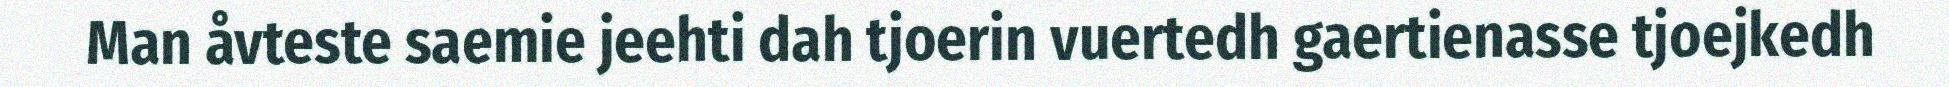
Man åvteste saemie jeehti dah tjoerin vuertedh gaertienasse tjoejkedh